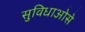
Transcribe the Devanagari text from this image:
सुविधाओसे